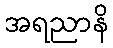
အရညာနိ